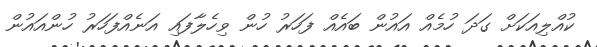
ކުއްލިއަކަށް ގަދަ ހުމެއް އައުން ބައެއް ފަހަރު ހުން ވިހެލާފައި އަނެއްފަހަރު ހުންއައުން